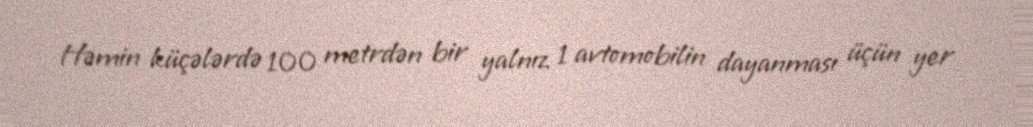
Həmin küçələrdə 100 metrdən bir yalnız 1 avtomobilin dayanması üçün yer